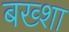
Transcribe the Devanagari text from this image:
बख्‍शा